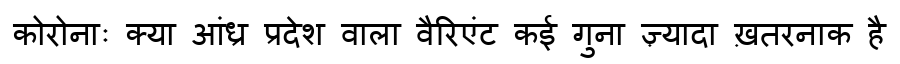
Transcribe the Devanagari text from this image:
कोरोनाः क्या आंध्र प्रदेश वाला वैरिएंट कई गुना ज़्यादा ख़तरनाक है